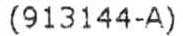
(913144-A)